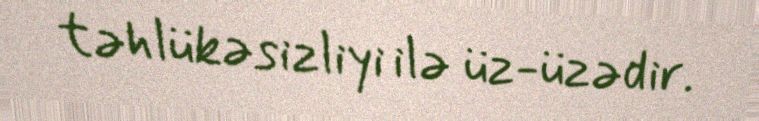
təhlükəsizliyi ilə üz-üzədir.